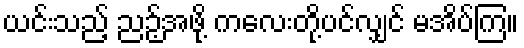
ယင်းသည့် ညဉ့်အဖို့ ကလေးတို့ပင်လျှင် မအိပ်ကြ။